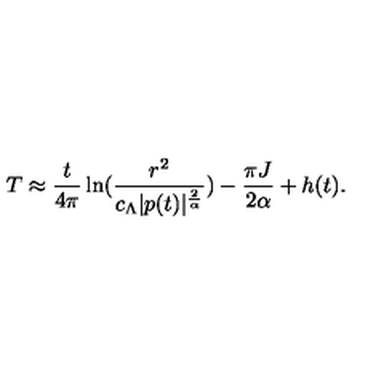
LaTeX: T \approx \frac { t } { 4 \pi } \ln ( \frac { r ^ { 2 } } { c _ { \Lambda } | p ( t ) | ^ { \frac { 2 } { \alpha } } } ) - \frac { \pi J } { 2 \alpha } + h ( t ) .